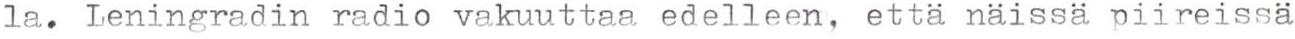
la. Leningradin radio vakuuttaa edelleen, että näissä piireissä